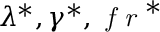
\lambda ^ { * } , \gamma ^ { * } , \textit { f r } ^ { * }